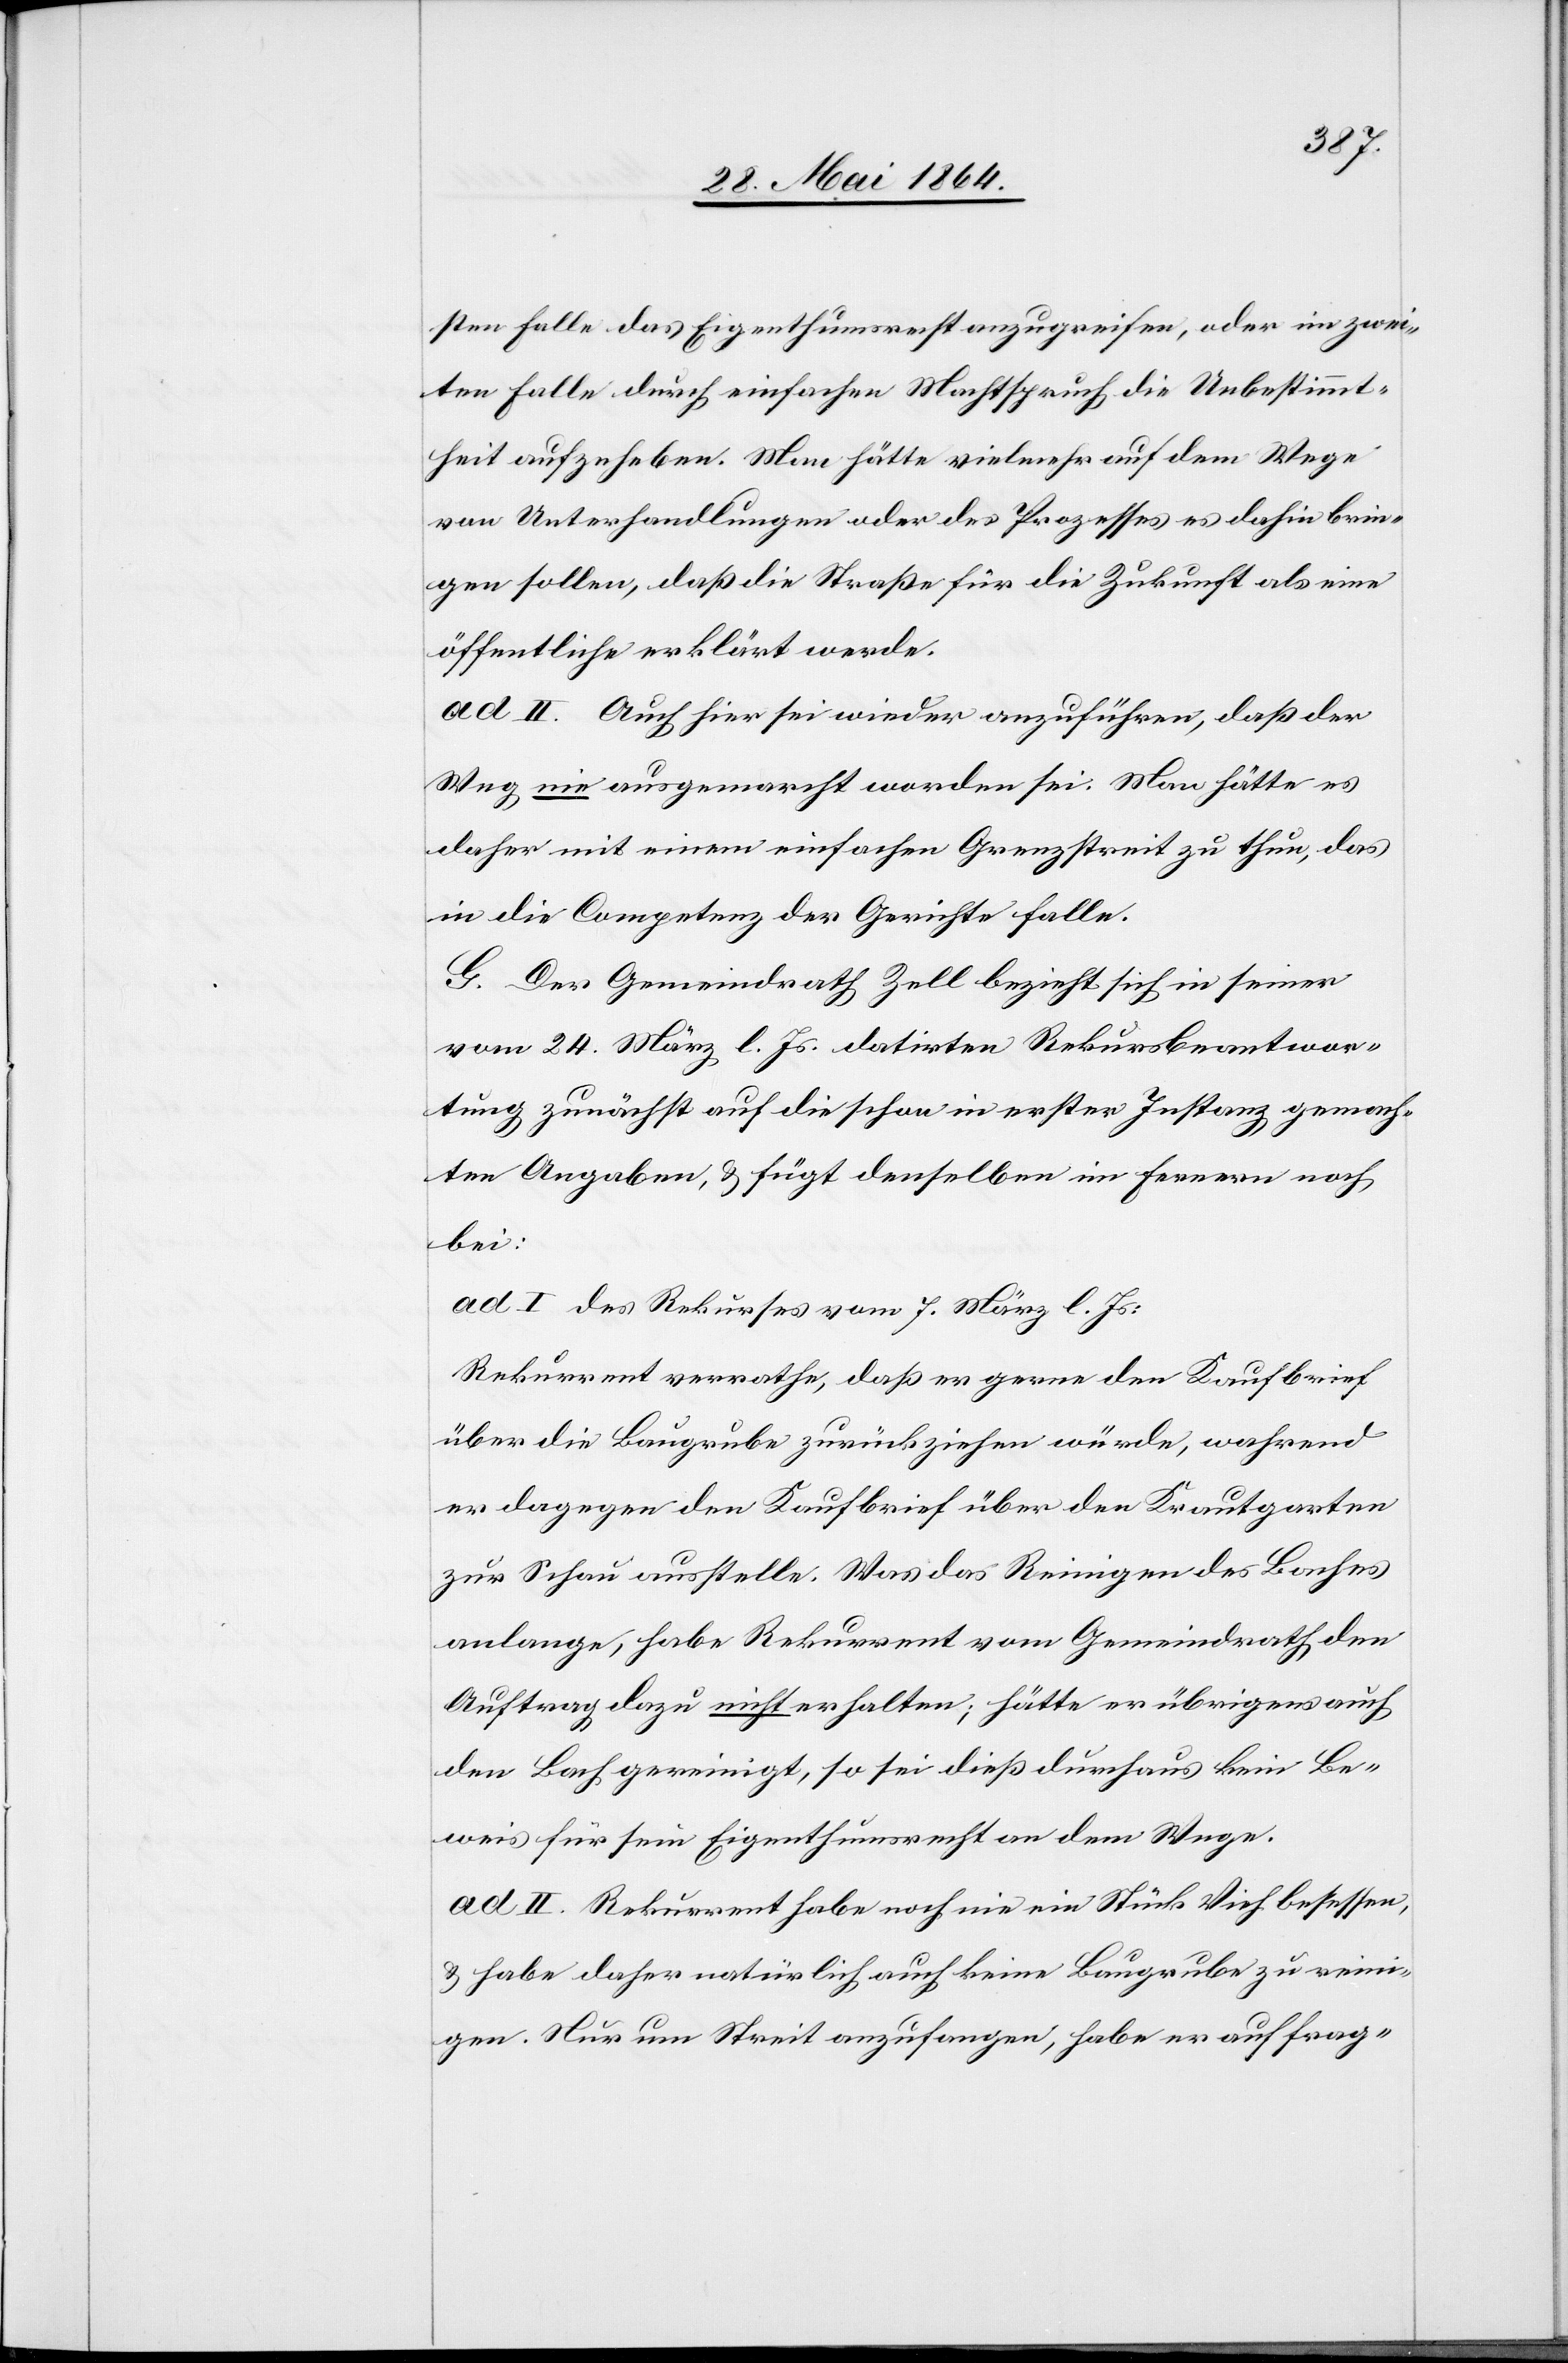
sten Falle das Eigenthumsrecht anzugreifen, oder im zwei¬
ten Falle durch einfachen Machtspruch die Unbestimmt¬
heit aufzuheben. Man hätte vielmehr auf dem Wege
von Unterhandlungen oder des Prozesses es dahin brin¬
gen sollen, daß die Straße für die Zukunft als eine
öffentliche erklärt werde.
ad II. Auch hier sei wieder anzuführen, daß der
Weg nie ausgemarcht worden sei. Man hätte es
daher mit einem einfachen Grenzstreit zu thun, das
in die Competenz der Gerichte falle.
G. Der Gemeindrath Zell bezieht sich in seiner
vom 24. März l. Js. datirten Rekursbeantwor¬
tung zunächst auf die schon in erster Instanz gemach¬
ten Angaben, u. fügt denselben im Fernern noch
bei:
ad I des Rekurses vom 7. März l. Js.:
Rekurrent verrathe, daß er gerne den Kaufbrief
über die Baugrube zurückziehen würde, wahrend
er dagegen den Kaufbrief über den Krautgarten
zur Schau ausstelle. Was das Reinigen des Baches
anlange, habe Rekurrent vom Gemeindrath den
Auftrag dazu nicht erhalten; hätte er übrigens auch
den Bach gereinigt, so sei dieß durchaus kein Be¬
weis für sein Eigenthumsrecht an dem Wege.
ad II. Rekurrent habe noch nie ein Stück Vieh besessen,
u. habe daher natürlich auch keine Baugrube zu reini¬
gen. Nur um Streit anzufangen, habe er auf frag-